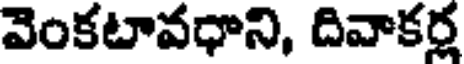
వెంకటావధాని, దివాకర్ణ